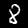
Label: 8